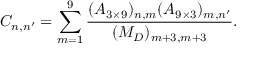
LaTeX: C _ { n , n ^ { \prime } } = \sum _ { m = 1 } ^ { 9 } \frac { ( A _ { 3 \times 9 } ) _ { n , m } ( A _ { 9 \times 3 } ) _ { m , n ^ { \prime } } } { ( { \cal M } _ { D } ) _ { m + 3 , m + 3 } } .